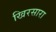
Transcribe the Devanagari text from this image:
खिरसारा